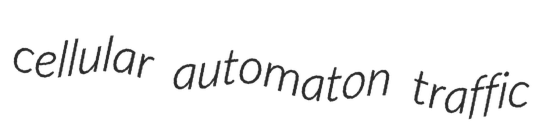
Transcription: cellular automaton traffic